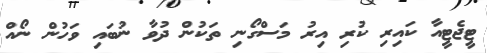
ޓީޖެޓީއާ ކައިރި ކުރި އިރު މަސްގޯނި ތަކުން ދުވާ ނުބައި ވަހުން ނޯއް